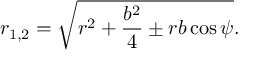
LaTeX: r _ { 1 , 2 } = \sqrt { r ^ { 2 } + \frac { b ^ { 2 } } { 4 } \pm r b \cos \psi } .